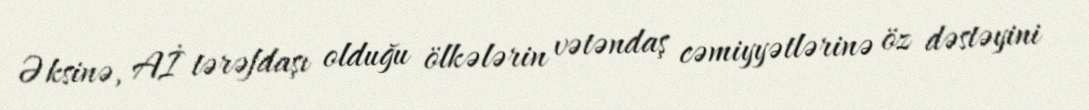
Əksinə, Aİ tərəfdaşı olduğu ölkələrin vətəndaş cəmiyyətlərinə öz dəstəyini